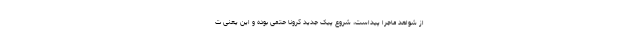
از شواهد ماجرا پیداست، شروع پیک جدید کرونا حتمی بوده و این یعنی ت